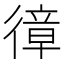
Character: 𢕔